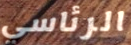
الرئاسي